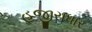
હજીરાધાર